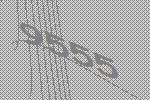
9555